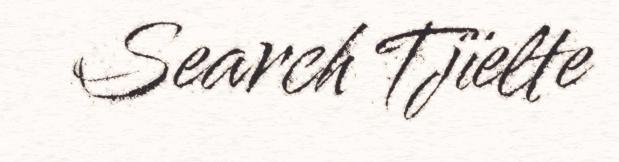
Search Tjïelte